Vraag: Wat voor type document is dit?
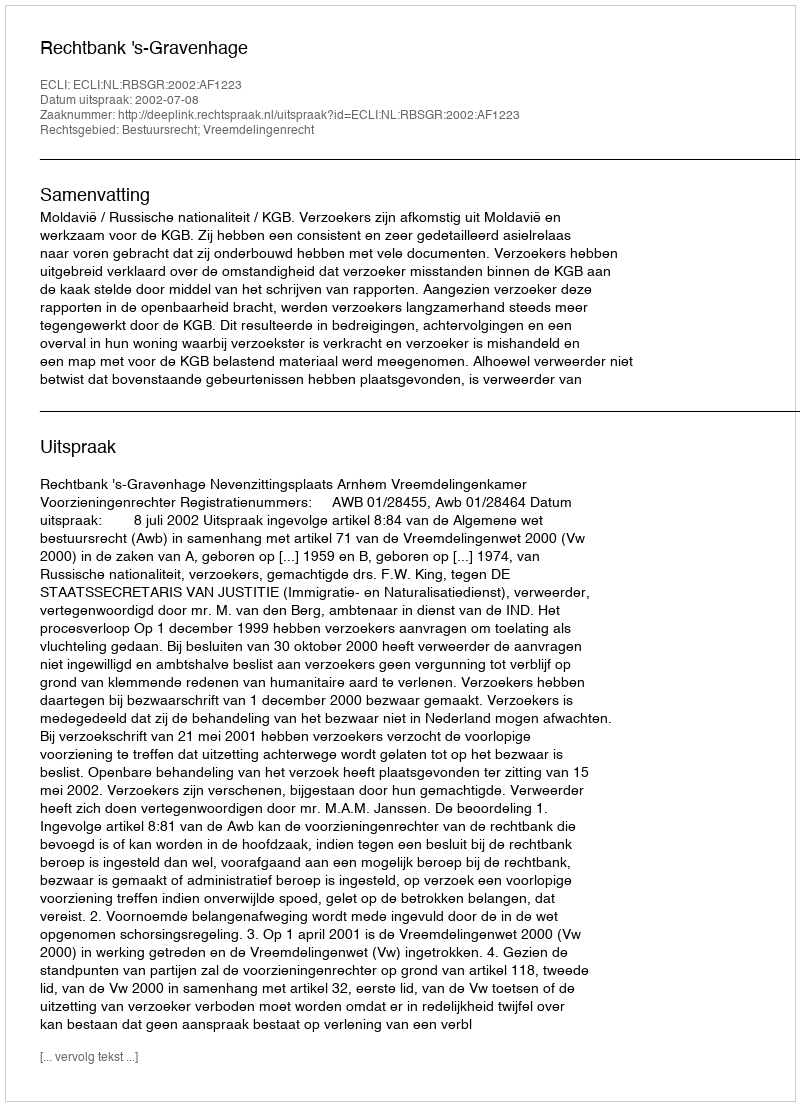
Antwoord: Uitspraak